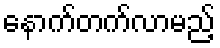
နောက်တက်လာမည့်